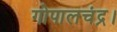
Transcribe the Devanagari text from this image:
गोपालचंद्र।